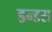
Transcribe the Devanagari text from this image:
डन्डस